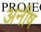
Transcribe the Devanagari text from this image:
अनीष